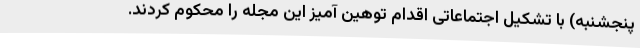
پنجشنبه) با تشکیل اجتماعاتی اقدام توهین آمیز این مجله را محکوم کردند.